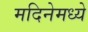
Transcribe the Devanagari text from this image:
मदिनेमध्ये